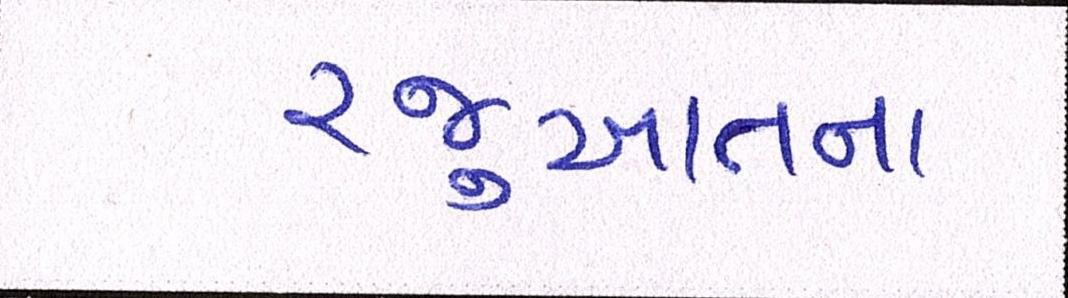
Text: રજુઆતના